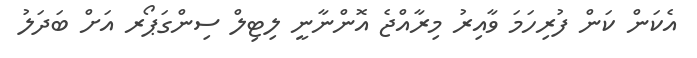
އެކަން ކަން ފުރިހަމަ ވާއިރު މިރާއްްޖެ އޮންނާނީ ލިޓިލް ސިންގަޕޯރ އަށް ބަދަލު